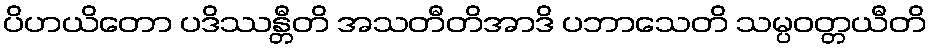
ပိဟယိတော ပဒိဿန္တီတိ အသတီတိအာဒိ ပဘာသေတိ သမ္ပဝတ္တယီတိ